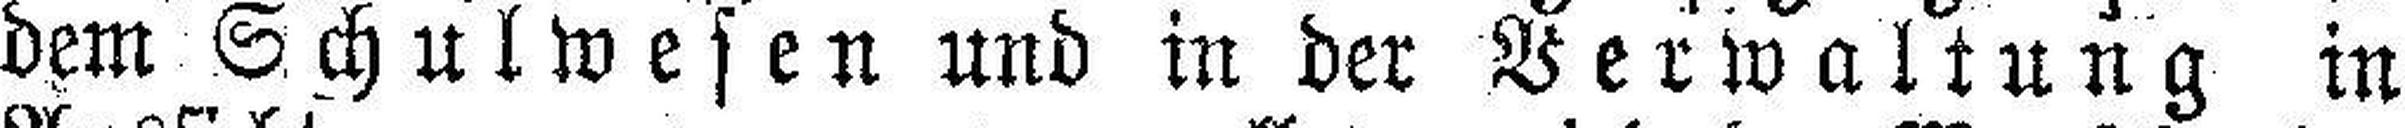
dem Schulwesen und in der Verwaltung in